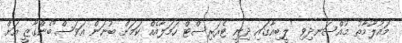
މައުލޫމާތު މުއްސަނދިވި "ލީބިއާގައި ދިނީ ޓެރަރިސްޓް ހަމަލާއެއް ކަމަށް ބުނަން އަވަސް"ބެންގާޒީ އަށް